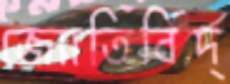
জ্যোতির্বিদ্‌